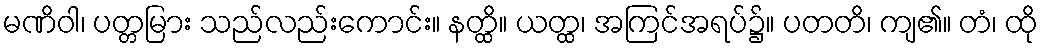
မဏိဝါ၊ ပတ္တမြား သည်လည်းကောင်း။ နတ္ထိ။ ယတ္ထ၊ အကြင်အရပ်၌။ ပတတိ၊ ကျ၏။ တံ၊ ထို